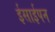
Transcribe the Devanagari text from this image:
ईसाईपन